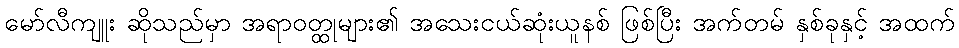
မော်လီကျူး ဆိုသည်မှာ အရာဝတ္ထုများ၏ အသေးငယ်ဆုံးယူနစ် ဖြစ်ပြီး အက်တမ် နှစ်ခုနှင့် အထက်